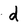
Character: d